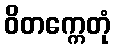
ဝိတက္ကေတုံ